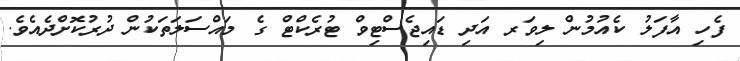
ފެހި އާފަލު ކެއުމުން ލިވަރ އަދި ޑައިޖެސްޓިވް ޓުރެކްޓް ގެ މައްސަލަތަކުން ދުރުކޮށްދެއެވެ.